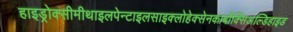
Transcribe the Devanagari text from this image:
हाइड्रोक्सीमीथाइलपेन्टाइलसाइक्लोहेक्सेनकार्बोक्सिअल्डिहाइड